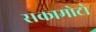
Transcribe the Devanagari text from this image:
सकामोटो